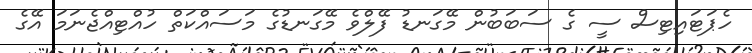
ހެޕަޓައިޓިސް ސީ ގެ ސަބަބުން މޭގަނޑު ފޭލްވެ މޭގަނޑުގެ މަސައްކަތް ހުއްޓިއްޖެނަމަ އޭގެ